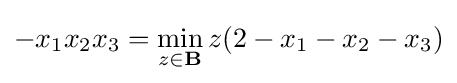
\displaystyle -x_{1}x_{2}x_{3}=\min _{z\in \mathbf {B} }z(2-x_{1}-x_{2}-x_{3})